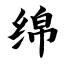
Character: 绵